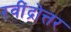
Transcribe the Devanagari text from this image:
रवींद्रोत्तर